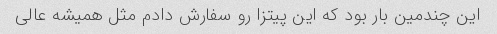
این چندمین بار بود که این پیتزا رو سفارش دادم مثل همیشه عالی